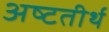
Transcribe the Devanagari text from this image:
अष्‍टतीर्थ